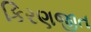
કિરણજીત